Annual statistical returns and brief notes on vaccination in Bengal - 1887-1898
Year: 1887
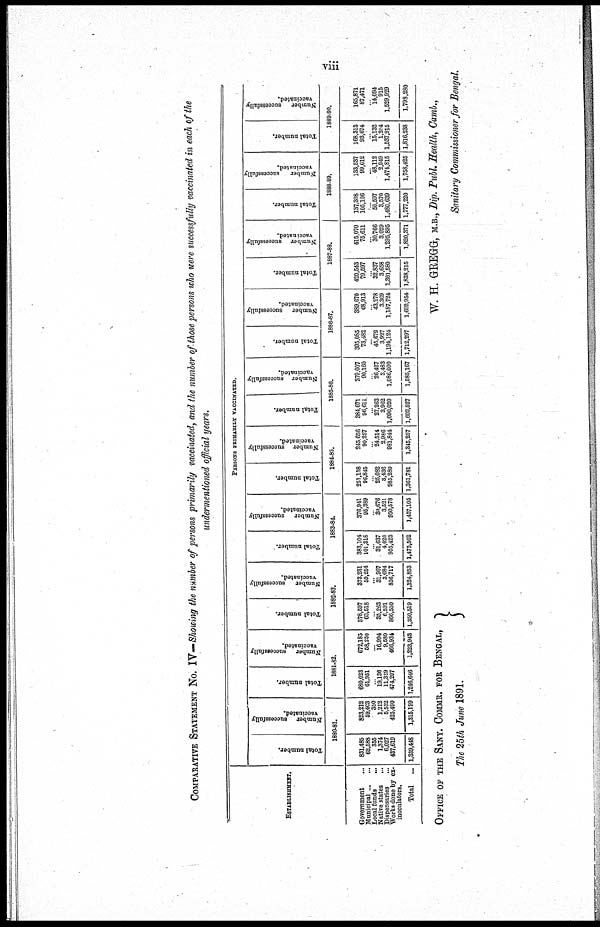
viii
COMPARATIVE STATEMENT NO. IV—Showing the number of persons primarily vaccinated, and the number of those persons who were successfully vaccinated in each of the
undermentioned official years.
ESTABLISHMENT.
Government ...
Municipal ... ...
Local funds ...
Native states
...
Dispensaries ...
Works done by ex¬
inoculators.
Total
...
PERSONS PRIMARILY VACCINATED.
Total number.
Number
successfully
vaccinated.
1880-81.
831,485
62,588
365
1,374
6,027
437,610
1,339,448
823,212
59,403
350
1,212
5,532
425,490
1,315,199
Total number.
Number
successfully
vaccinated.
1881-82.
680,023
61,951
...
19,136
11,329
474,207
1,246,646
672,185
58,250
...
16,994
9,580
466,934
1,223,943
Total number.
Number
successfully
vaccinated.
1882-83.
378,597
63,518
...
35,263
6,591
866,550
1,850,519
373,231
59,254
...
31,967
3,684
856,717
1,324,853
Total number.
Number
successfully
vaccinated.
1883-84.
383,104
101,318
...
31,637
4,020
955,423
1,475,502
376,941
95,389
...
30,676
3,521
950,578
1,457,105
Total number.
Number successfully
vaccinated.
1884-85.
251,138
96,845
...
25,082
3,436
985,280
1,361,781
245,656
90,257
...
24,514
2,986
981,844
1,315,257
Total number.
Number successfully
vaccinated.
1885-86.
384,671
96,611
...
27,263
3,962
1,090,020
1,602,527
379,007
90,160
...
26,427
3,483
1,086,090
1,586,167
Total number.
Number
successfully
vaccinated.
1886-87.
395,085
73,482
...
45,679
3,927
1,194,124
1,712,297
389,670
68,913
...
43,278
3,369
1,187,724
1,692,954
Total number.
Number
successfully
vaccinated.
1887-88.
420,543
79,597
... 32,837
3,658
1,301,580
1,838,215
415,070
75,611
...
30,766
3,029
1,295,895
1,820,371
Total number.
Number
successfully
vaccinated.
1888-89.
137,308
105,106
... 50,697
3,570
1,480,639
1,777,220
133,537
99,012
...
48,112
2,949
1,474,815
1,758,426
Total number.
Number
successfully
vaccinated.
1889-90.
168,313
93,674
... 15,132
1,204
1,537,915
1,816,238
165,871
87,471
...
14,094
915
1,529,929
1,798,280
OFFICE OF THE SANY. COMMR. FOR BENGAL,
The 25th June
1891.
W. H. GREGG, M.B., Dip. Publ. Health, Camb.,
Sanitary Commissioner for Bengal.